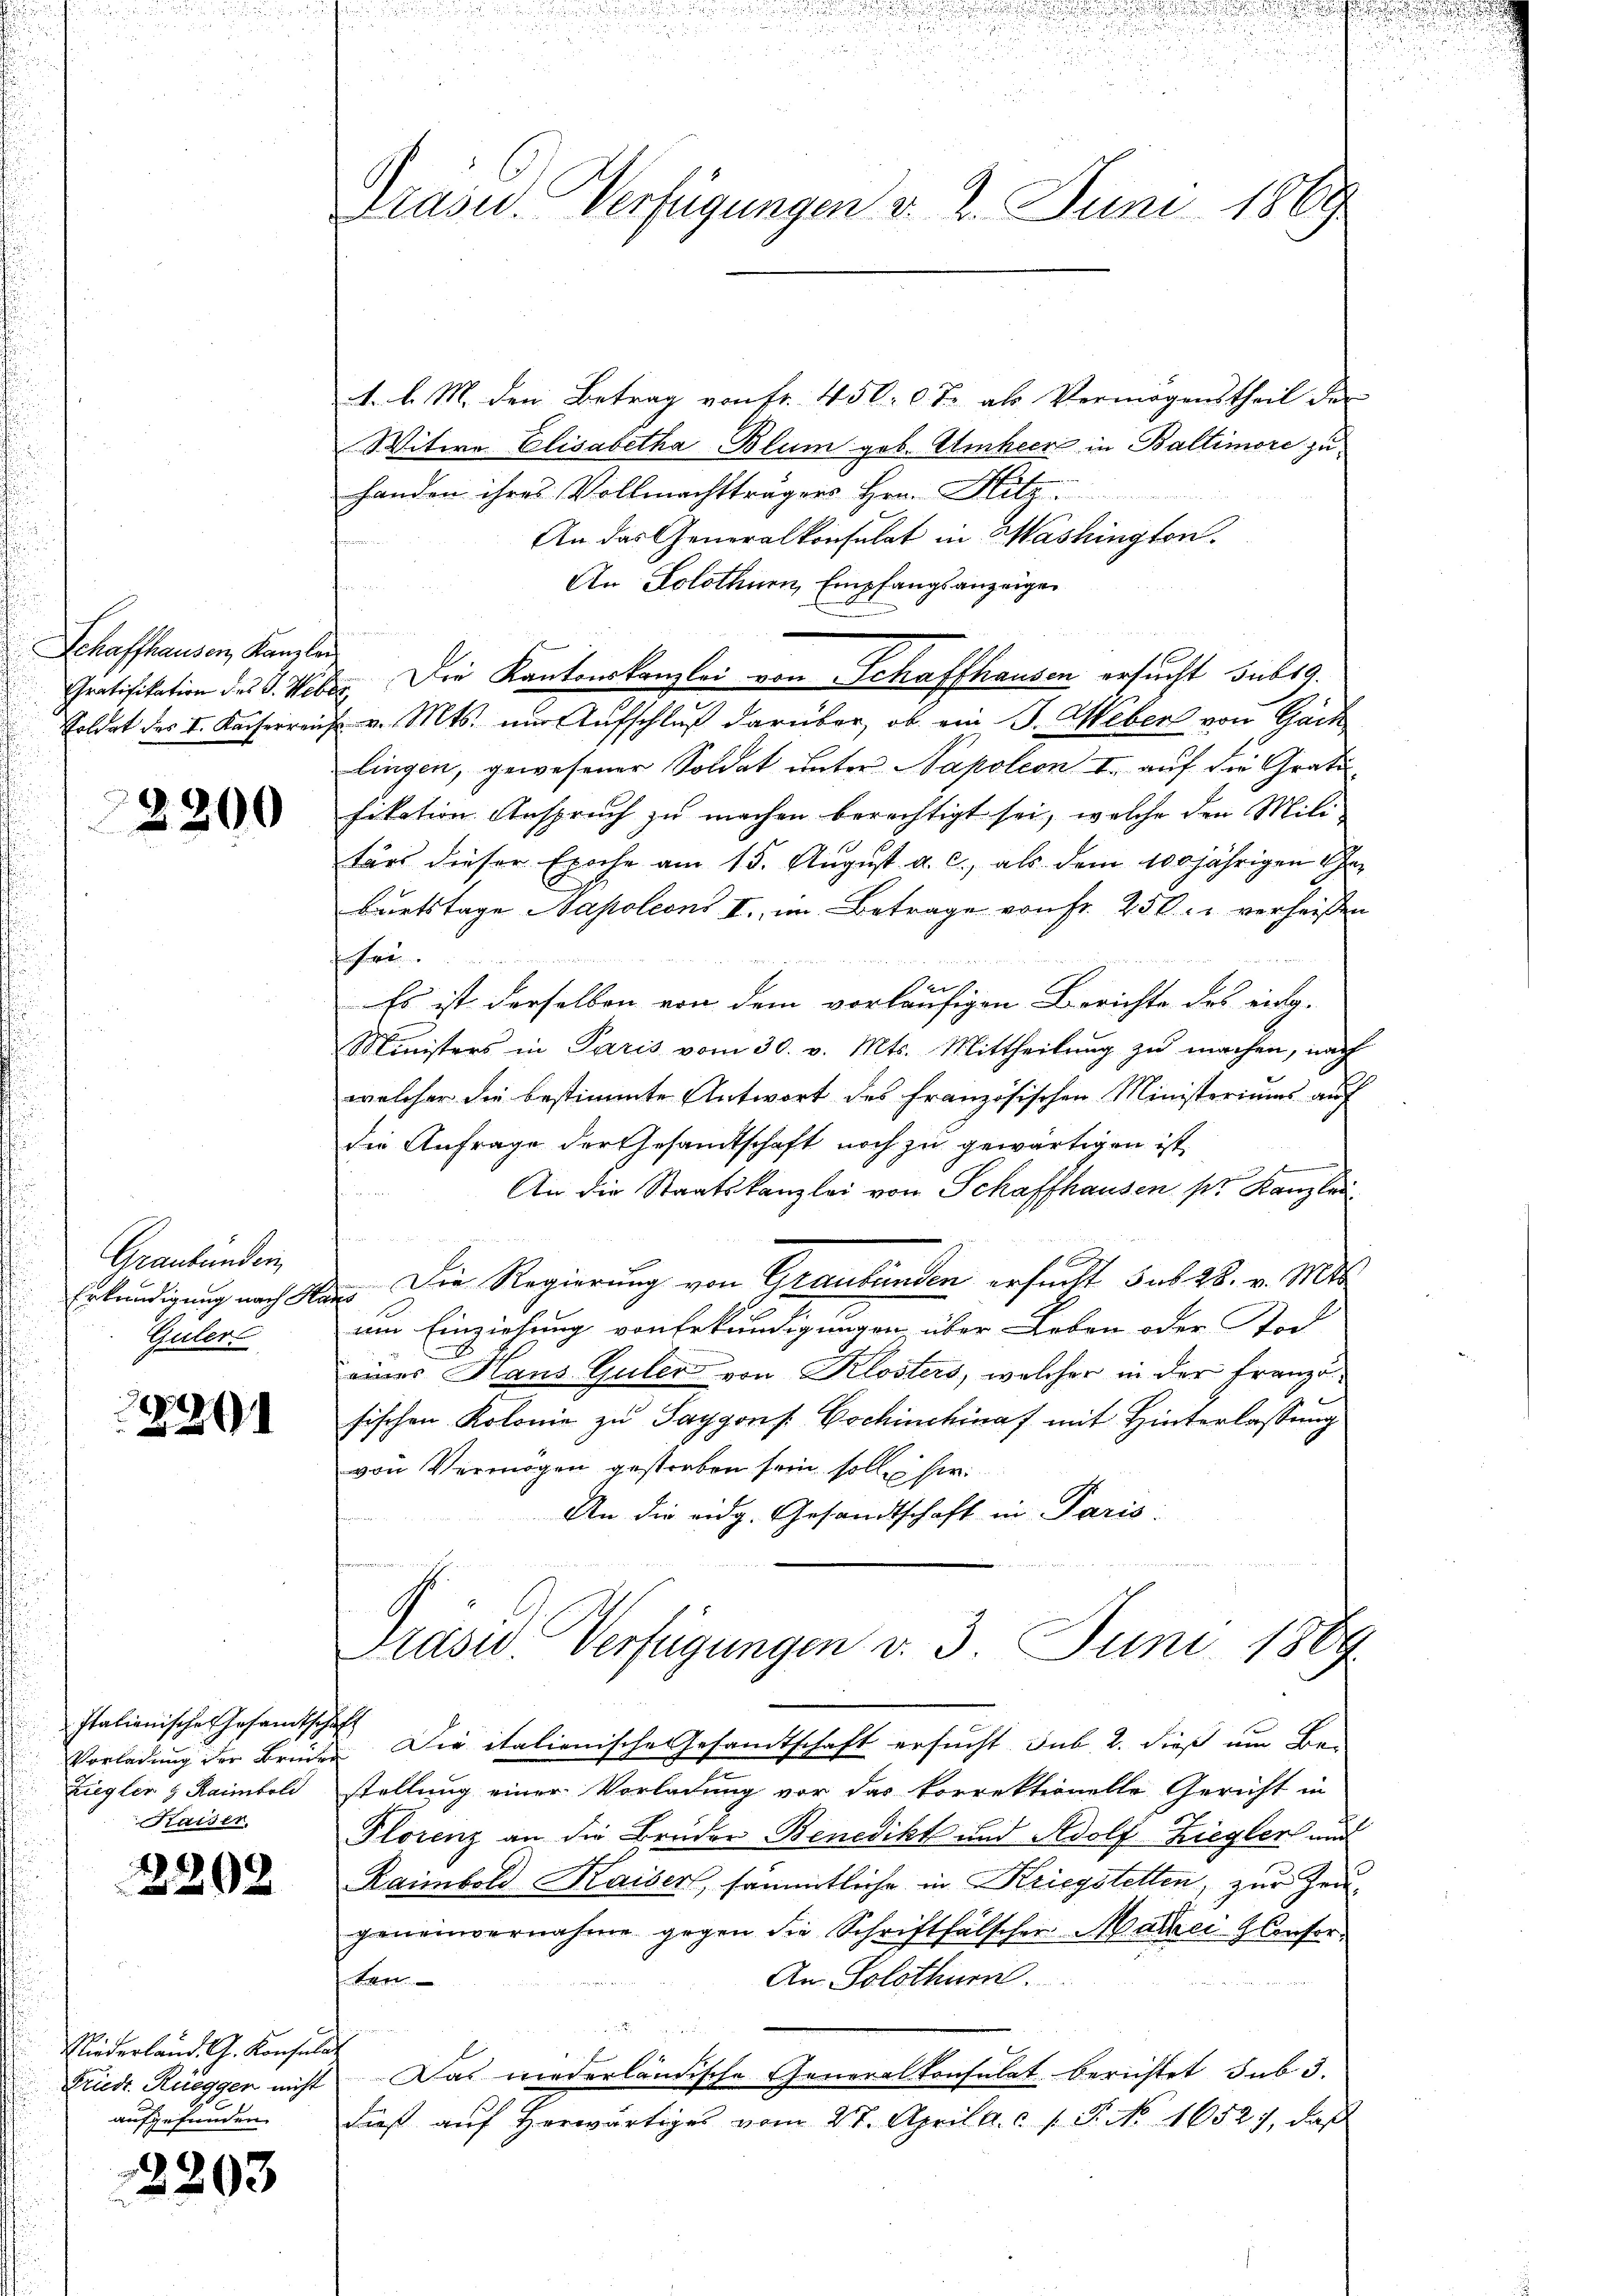
Schaffhausen, Kanzler
Gratifikation des J. Webe
Soldat des I. Kaiserreich

2200

Graubünden
Erkundigung nach Ha
Guler

2291

Italienische Gesandtsch
Vorladung der Brücke
Ziegler & Raimbold
Kaiser.

2202

Riederland. G. Konsula
Friedr. Rüegger nicht
aufgefunden.

2203

Präser. Verfügungen d. 2. Juni 1869

4. d. M. den Betrag von fr. 4500 Fr. als Vermögenstheil der
Witwe Elisabetha Blum geb. Umheer in Baltimore zu
handen ihres Vollmachtträgers Hrn. Blitz
An das Generalkonsulat in Mashington.
An Solothurn, Empfangsanzeigen
Die Kantonskanzlei von Schaffhausen ersucht sub 19.
f
u. v. Mts. um Aufschluß darüber, ob ein J. Weber von Gack
lingen, gewesener Soldat unter Napoleon u. auf die Gratifikation Anspruch zu machen berechtigt sei, welche den Mili
tärs dieser Epoche am 15. August. a. c., als dem 100jährigen Char
burtstage Napoleons I. im Betrage von Fr. 250. verheißen
r

Es ist derselben von dem vorläufigen Berichte des eing-
Ministers in Paris vom 30. v. Mts. Mittheilung zu machen, nach
welcher die bestimmte Antwort des französischen Ministeriums auf
die Anfrage der Gesandtschaft noch zu gewärtigen ist
An die Staatskanzlei von Schaffhausen pr. Kanzlei
.Die Regierung von Graubünden ersucht sub 28. v. Mts.
um Einziehung von Erkundigungen über Leben oder Tod
eines Haus Guler von Klosters, welcher in der Franzöfischen Kolonie zu Saygons Gschinchinaf mit Hinterlassung
von Vermögen gestreben sein soll sie
An die eidg. Gesandtschaft in Paris
Präsid Verfügungen v. 3. Juni 1889.
h
 Die italienische Gesamtschaft ersucht sub. 2. dieß um Ber
stellung einer Vorladung vor das korrektionelle Gericht in
Plorenz an die Bruder Benedikt und Adolf Ziegler und
Raimbold Kaiser, sämmtliche in Kriegstellen, zur Zeugenenvernahme gegen die Schriftfälscher Maler Glenfor¬
J. Kan
An Solothurn.
an
Das niederländische Generalkonsulat berichtet sub 3.
dieβ aŭf herwärtiges vom 27. April a. c. f. P. No. 1652), daß